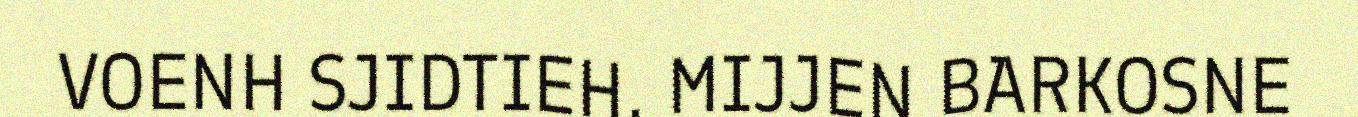
VOENH SJIDTIEH. MIJJEN BARKOSNE